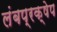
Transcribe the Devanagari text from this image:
लंबप्रक्षेप